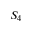
S _ { 4 }